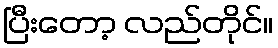
ပြီးတော့ လည်တိုင်။